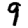
Digit: 9